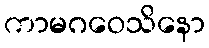
ကာမဂဝေသိနော